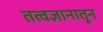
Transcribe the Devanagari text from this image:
तत्वज्ञानातून